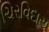
ચિરવિદાય